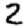
Digit: 2